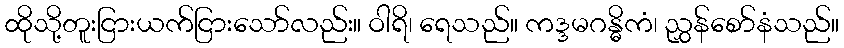
ထိုသို့တူးငြားယက်ငြားသော်လည်း။ ဝါရိ၊ ရေသည်။ ကဒ္ဒမဂန္ဓိကံ၊ ညွှန်စော်နံသည်။